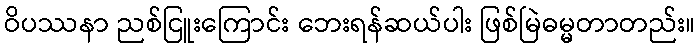
ဝိပဿနာ ညစ်ငြူးကြောင်း ဘေးရန်ဆယ်ပါး ဖြစ်မြဲဓမ္မတာတည်း။